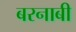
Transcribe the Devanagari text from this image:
बरनाबी